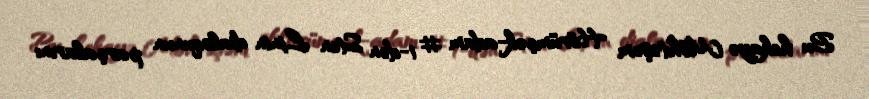
Bu hekayə Möhtəşəm Hörümçək-adam # 1-dən Sten Linin dialoqunun parçalarını